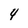
Character: 4